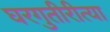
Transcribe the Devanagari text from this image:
घरगुतीरीत्या